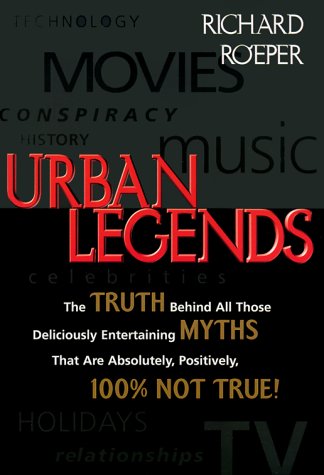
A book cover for Urban Legends: The Truth Behind All Those Deliciously Entertaining Myths That Are Absolutely, Positively, 100% Not True; Richard Roeper; Humor & Entertainment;